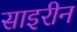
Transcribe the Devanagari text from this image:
साइरीन